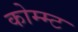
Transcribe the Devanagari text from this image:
कोम्म्ट